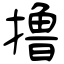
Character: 撸